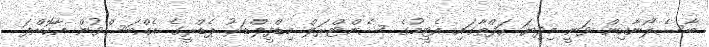
ބާސެލޯނާއިން ވަނީ މިދިޔަ ހަފްތާގައި އެޓީމުގެ ސެންޓްރަލް މިޑްފީލްޑަރު ޕެޑްރީގެ އެއްބަސްވުން އާކޮށްފަ